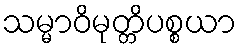
သမ္မာဝိမုတ္တိပစ္စယာ